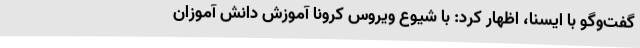
گفت‌وگو با ایسنا، اظهار کرد: با شیوع ویروس کرونا آموزش دانش آموزان